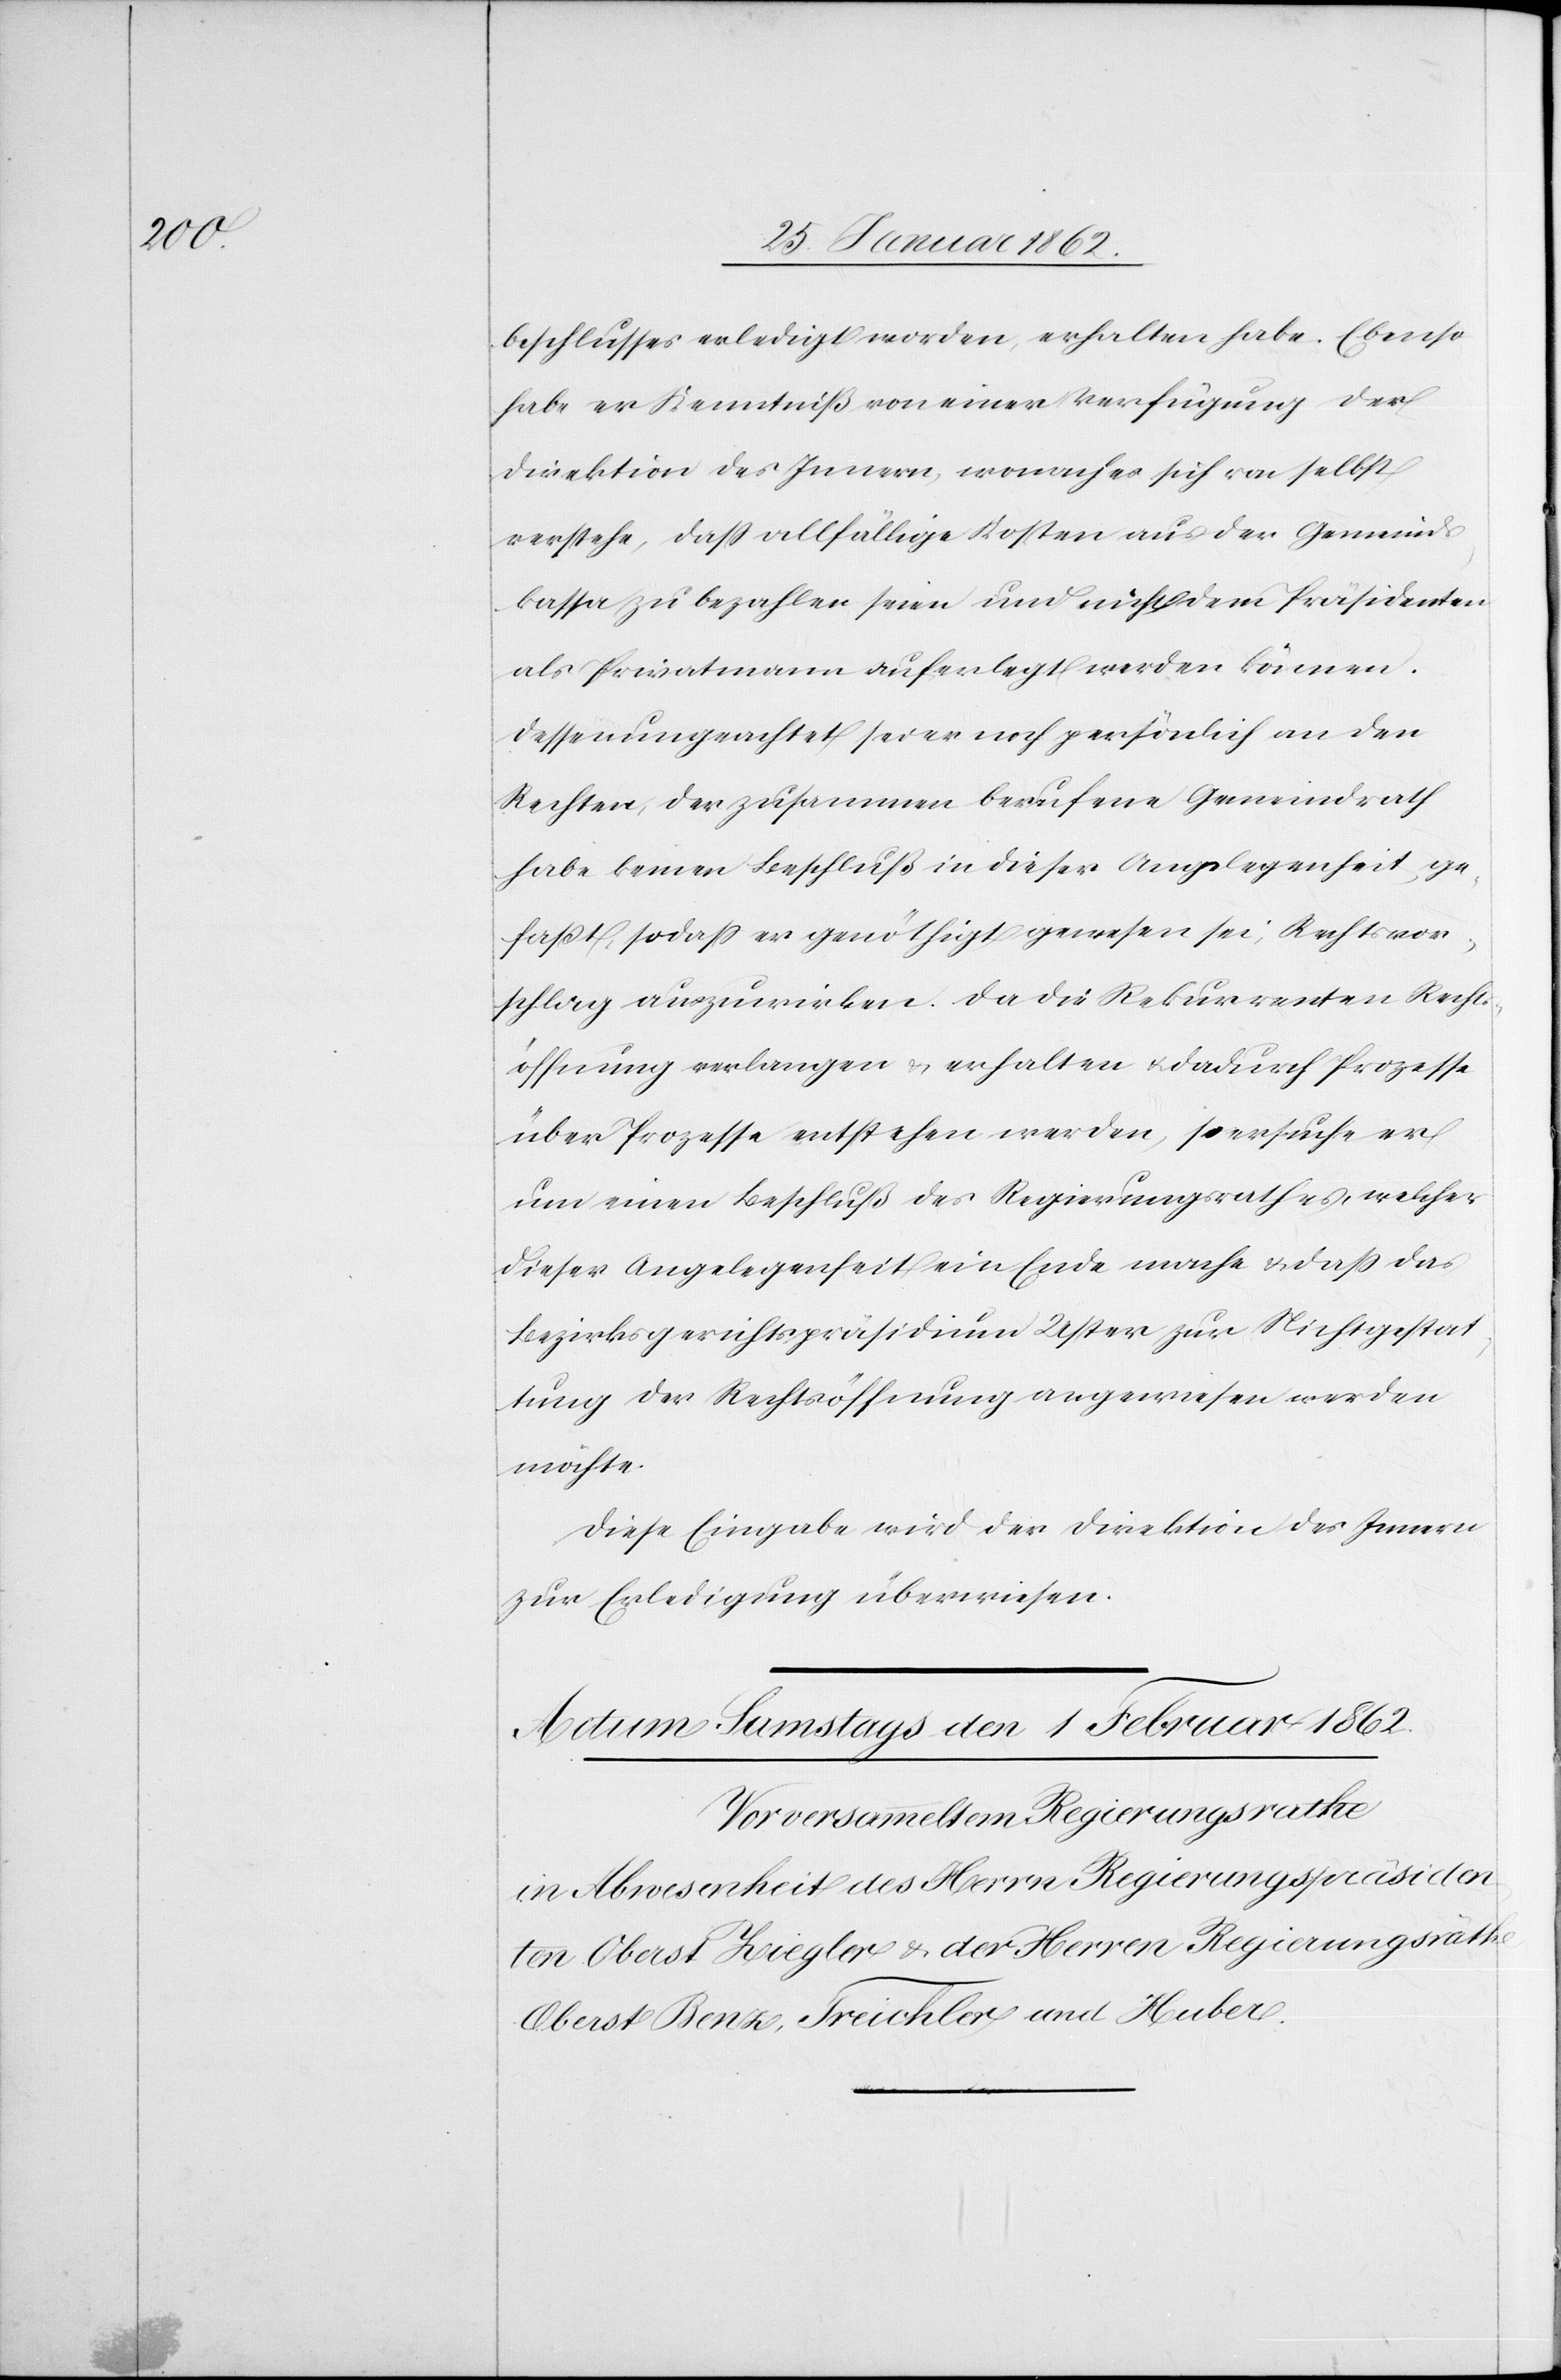
beschlusses erledigt worden, erhalten habe. Ebenso
habe er Kenntniß von einer Verfügung der
Direktion des Innern, wonach sich von selbst
verstehe, daß allfällige Kosten aus der Gemeinds¬
kassa zu bezahlen seien und nicht dem Präsidenten
als Privatmann auferlegt werden können.
Dessenungeachtet sei er noch persönlich an den
Rechten, der zusammen berufene Gemeindrath
habe keinen Beschluß in dieser Angelegenheit ge¬
faßt, sodaß er genöthigt gewesen sei, Rechtsvor¬
schlag auszuwirken. Da die Rekurrenten Rechts¬
öffnung verlangen u. erhalten u. dadurch Prozesse
über Prozesse entstehen werden, so ersuche er
um einen Beschluß des Regierungsrathes, welcher
dieser Angelegenheit ein Ende mache u. daß das
Bezirksgerichtspräsidium Uster zur Nichtgestat¬
tung der Rechtsöffnung angewiesen werden
möchte.
Diese Eingabe wird der Direktion des Innern
zur Erledigung überwiesen.